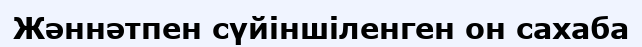
Жәннәтпен сүйіншіленген он сахаба